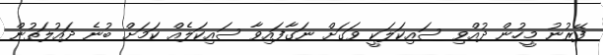
ފޭރުނު މީހުން ދުއްވި ސައިކަލަކީ ވަގަށް ނަގާފައިވާ ސައިކަލެއް ކަމަށް ބުނެ ދައުލަތުން